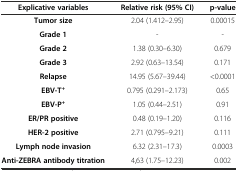
| Explicative variables | Relative risk (95% CI) | p-value |
 | --- | --- | --- |
 | Tumor size | 2.04 (1.412–2.95) | 0.00015 |
 | Grade 1 | - | - |
 | Grade 2 | 1.38 (0.30–6.30) | 0.679 |
 | Grade 3 | 2.92 (0.63–13.54) | 0.171 |
 | Relapse | 14.95 (5.67–39.44) | <0.0001 |
 | EBV-T+ | 0.795 (0.291–2.173) | 0.65 |
 | EBV-P+ | 1.05 (0.44–2.51) | 0.91 |
 | ER/PR positive | 0.48 (0.19–1.20) | 0.116 |
 | HER-2 positive | 2.71 (0.795–9.21) | 0.111 |
 | Lymph node invasion | 6.32 (2.31–17.3) | 0.0003 |
 | Anti-ZEBRA antibody titration | 4,63 (1.75–12.23) | 0.002 |